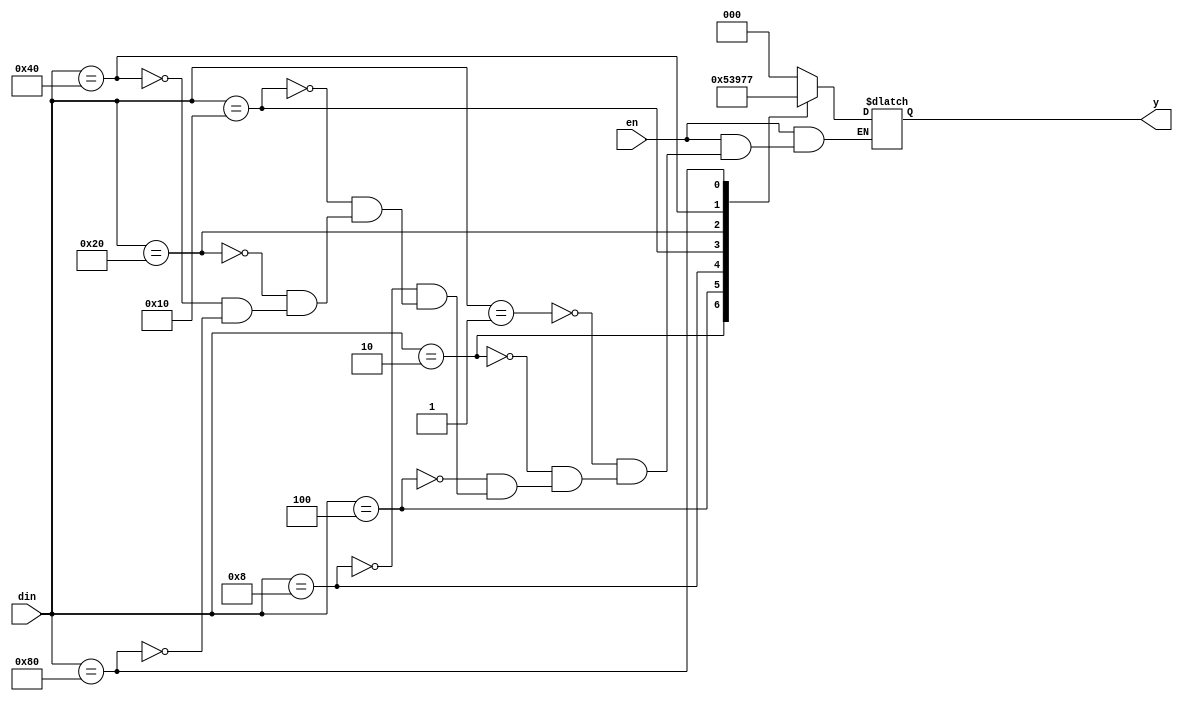
`timescale 1ns / 1ps
//////////////////////////////////////////////////////////////////////////////////
// Company: 
// Engineer: 
// 
// Design Name: 
// Module Name: encoder
// Project Name: 
// Target Devices: 
// Tool Versions: 
// Description: 
// 
// Dependencies: 
// 
// Revision:
// Revision 0.01 - File Created
// Additional Comments:
// 
//////////////////////////////////////////////////////////////////////////////////


module encoder(
input[7:0]din,
input en,
output reg[2:0]y
);
always@(en,din)
begin
if(en==0)
y=3'bzzz;
else
casex(din)
8'b00000001:y=3'b000;
8'b00000010:y=3'b001;
8'b00000100:y=3'b010;
8'b00001000:y=3'b011;
8'b00010000:y=3'b100;
8'b00100000:y=3'b101;
8'b01000000:y=3'b110;
8'b10000000:y=3'b111;
endcase
end 
endmodule